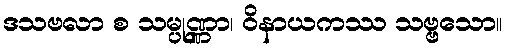
ဒသဗလာ စ သမ္ပုဏ္ဏာ၊ ဝိနာယကဿ သဗ္ဗသော။